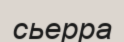
сьерра